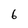
Character: 6